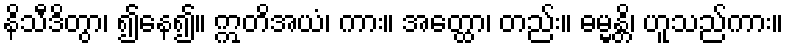
နိသီဒိတွာ၊ ၍နေ၍။ ဣတိအယံ၊ ကား။ အတ္ထော၊ တည်း။ ဓမ္မန္တိ၊ ဟူသည်ကား။